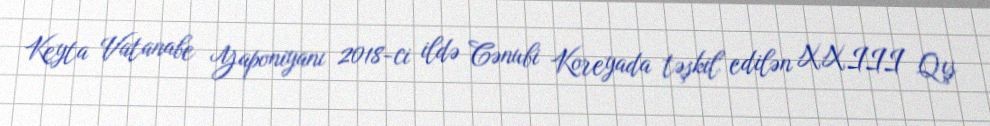
Keyta Vatanabe Yaponiyanı 2018-ci ildə Cənubi Koreyada təşkil edilən XXIII Qış